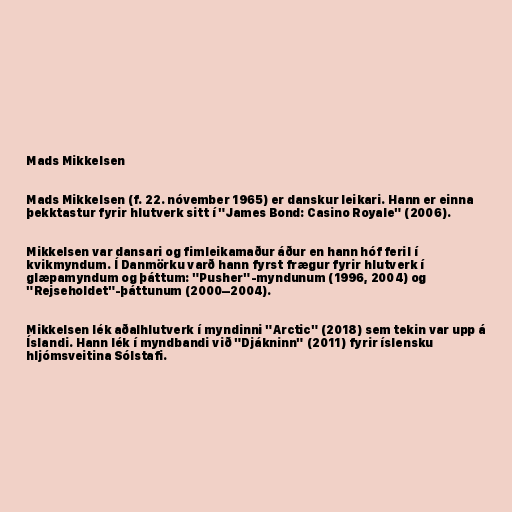
Mads Mikkelsen

Mads Mikkelsen (f. 22. nóvember 1965) er danskur leikari. Hann er einna
þekktastur fyrir hlutverk sitt í "James Bond: Casino Royale" (2006).

Mikkelsen var dansari og fimleikamaður áður en hann hóf feril í
kvikmyndum. Í Danmörku varð hann fyrst frægur fyrir hlutverk í
glæpamyndum og þáttum: "Pusher"-myndunum (1996, 2004) og
"Rejseholdet"-þáttunum (2000–2004).

Mikkelsen lék aðalhlutverk í myndinni "Arctic" (2018) sem tekin var upp á
Íslandi. Hann lék í myndbandi við "Djákninn" (2011) fyrir íslensku
hljómsveitina Sólstafi.